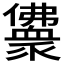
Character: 𰃈